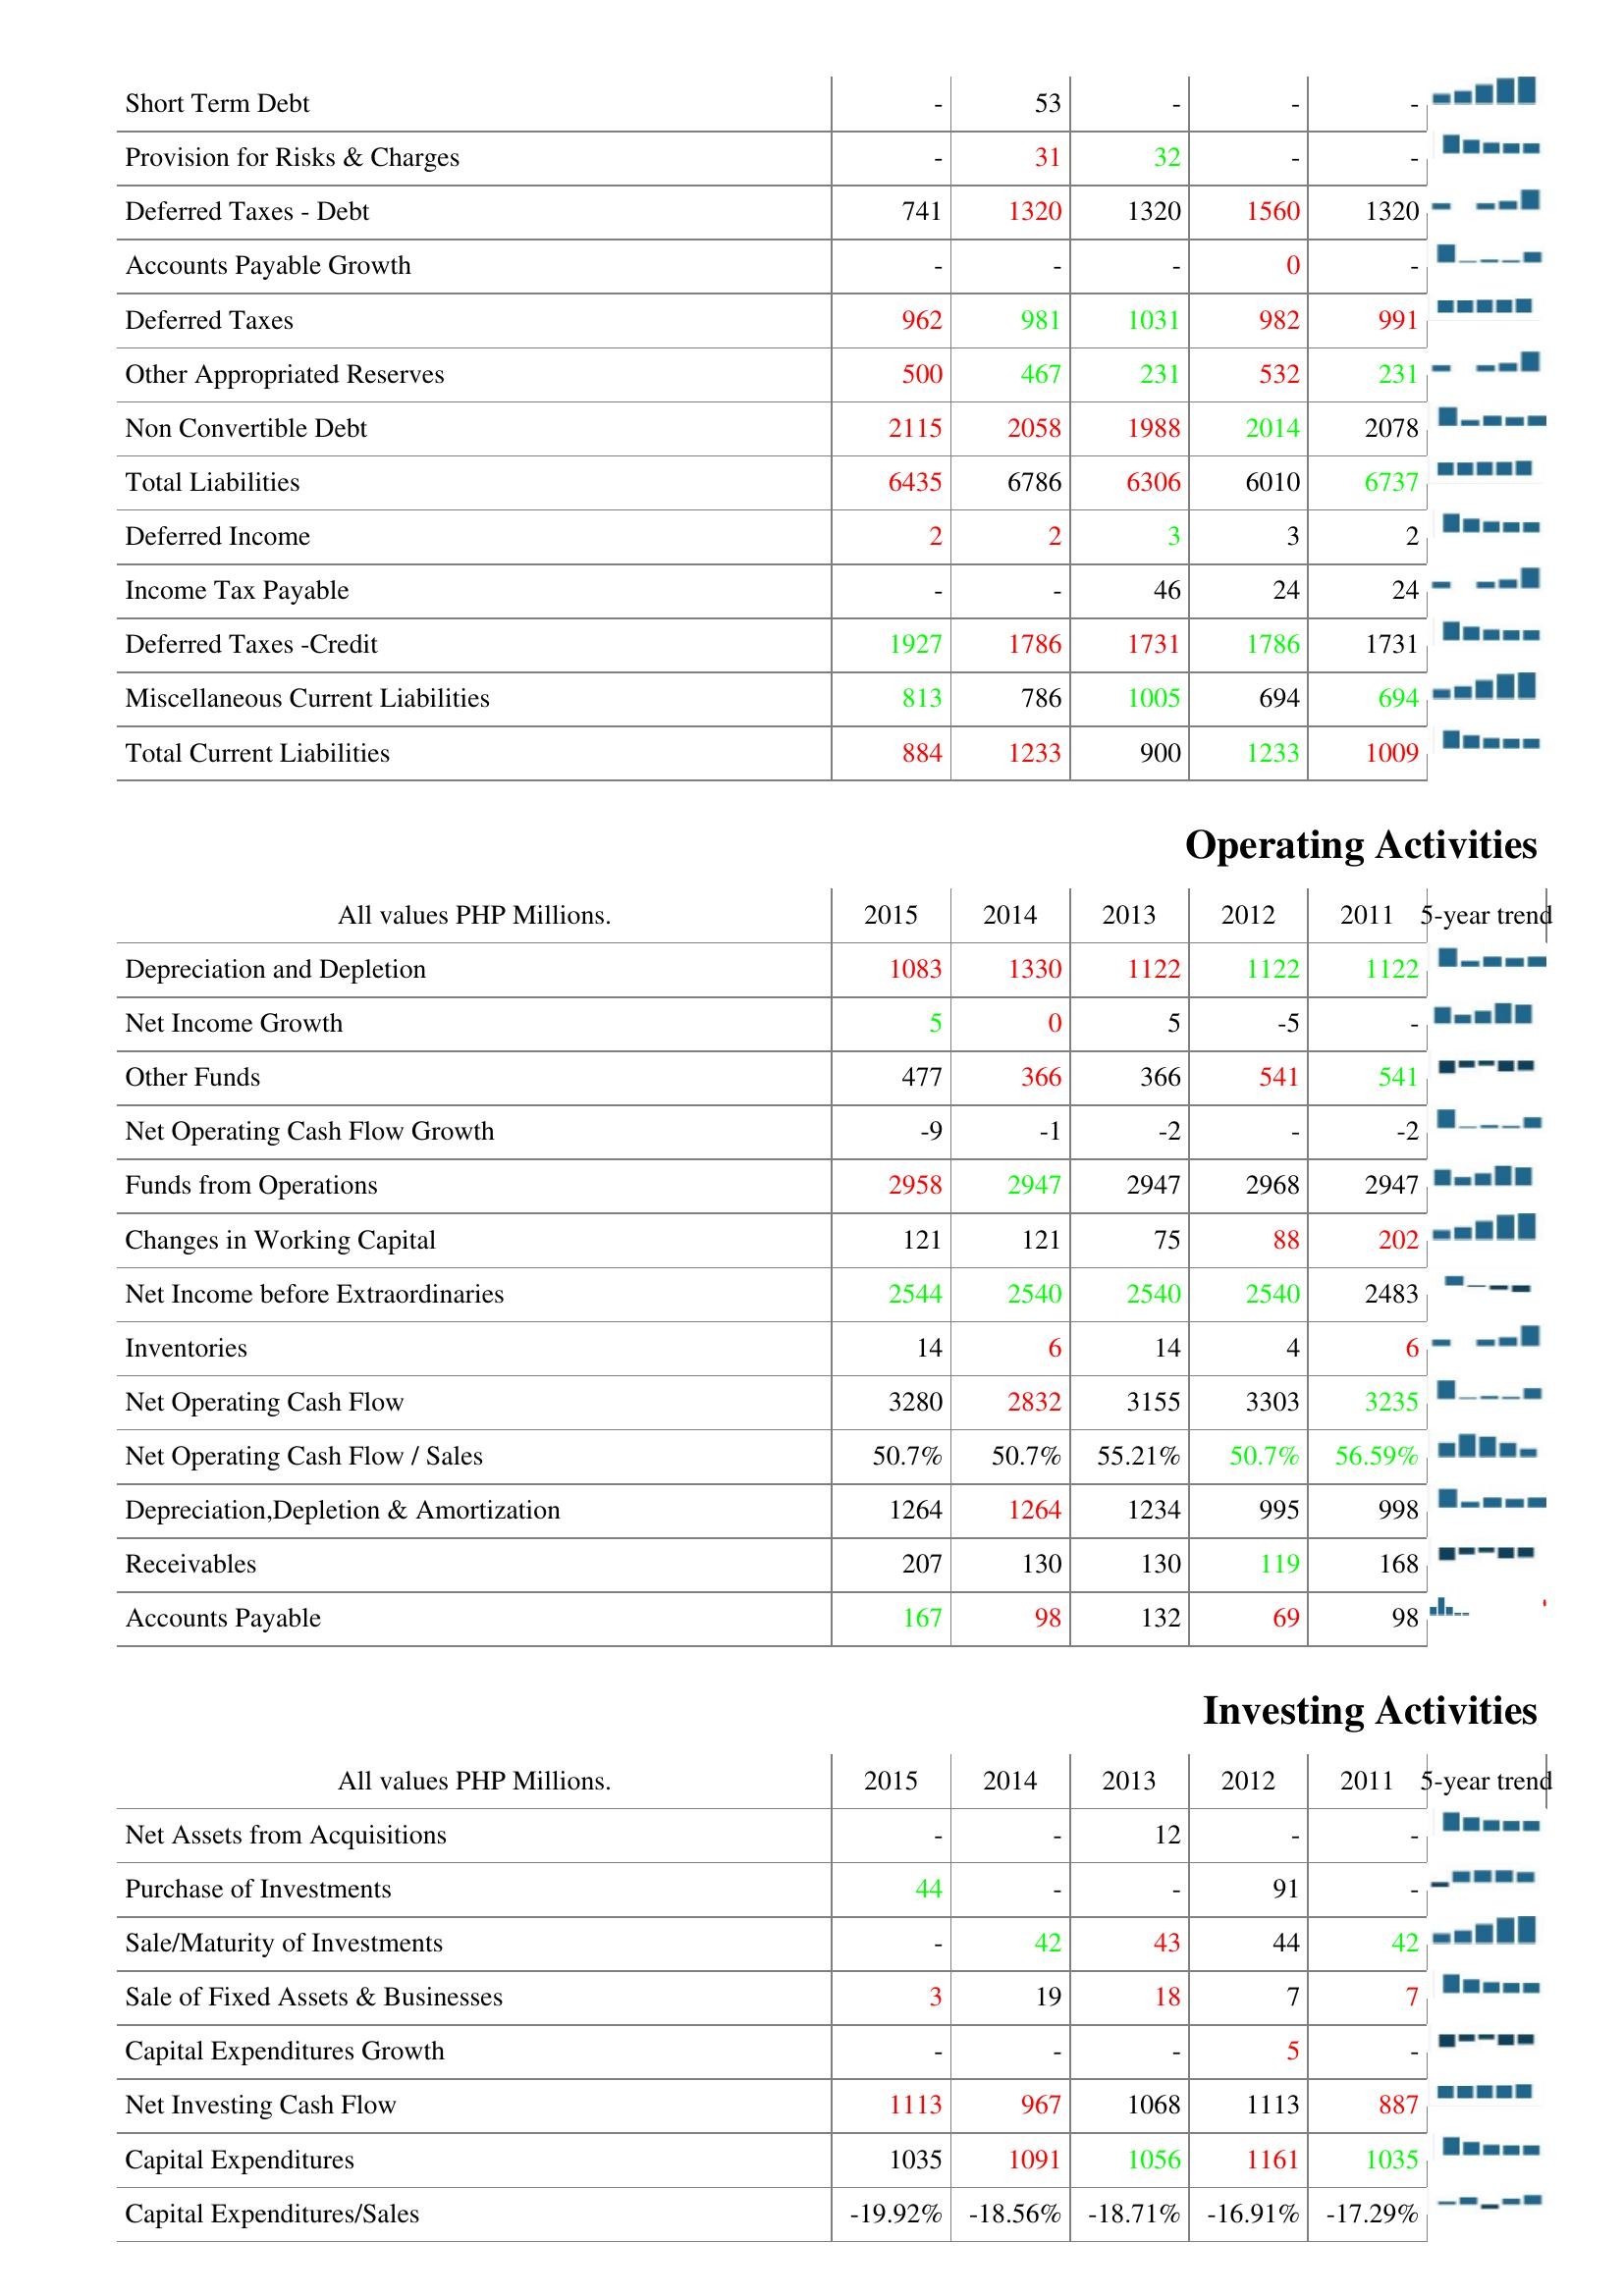
2015: Liabilities & Shareholder's Equity: Short Term Debt: -
Provision for Risks & Charges: -
Deferred Taxes - Debt: 741
Accounts Payable Growth: -
Deferred Taxes: 962
Other Appropriated Reserves: 500
Non Convertible Debt: 2115
Total Liabilities: 6435
Deferred Income: 2
Income Tax Payable: -
Deferred Taxes -Credit: 1927
Miscellaneous Current Liabilities: 813
Total Current Liabilities: 884
Operating Activities: Depreciation and Depletion: 1083
Net Income Growth: 5
Other Funds: 477
Net Operating Cash Flow Growth: -9
Funds from Operations: 2958
Changes in Working Capital: 121
Net Income before Extraordinaries: 2544
Inventories: 14
Net Operating Cash Flow: 3280
Net Operating Cash Flow / Sales: 50.7%
Depreciation,Depletion & Amortization: 1264
Receivables: 207
Accounts Payable: 167
Investing Activities: Net Assets from Acquisitions: -
Purchase of Investments: 44
Sale/Maturity of Investments: -
Sale of Fixed Assets & Businesses: 3
Capital Expenditures Growth: -
Net Investing Cash Flow: 1113
Capital Expenditures: 1035
Capital Expenditures/Sales: -19.92%
2014: Liabilities & Shareholder's Equity: Short Term Debt: 53
Provision for Risks & Charges: 31
Deferred Taxes - Debt: 1320
Accounts Payable Growth: -
Deferred Taxes: 981
Other Appropriated Reserves: 467
Non Convertible Debt: 2058
Total Liabilities: 6786
Deferred Income: 2
Income Tax Payable: -
Deferred Taxes -Credit: 1786
Miscellaneous Current Liabilities: 786
Total Current Liabilities: 1233
Operating Activities: Depreciation and Depletion: 1330
Net Income Growth: 0
Other Funds: 366
Net Operating Cash Flow Growth: -1
Funds from Operations: 2947
Changes in Working Capital: 121
Net Income before Extraordinaries: 2540
Inventories: 6
Net Operating Cash Flow: 2832
Net Operating Cash Flow / Sales: 50.7%
Depreciation,Depletion & Amortization: 1264
Receivables: 130
Accounts Payable: 98
Investing Activities: Net Assets from Acquisitions: -
Purchase of Investments: -
Sale/Maturity of Investments: 42
Sale of Fixed Assets & Businesses: 19
Capital Expenditures Growth: -
Net Investing Cash Flow: 967
Capital Expenditures: 1091
Capital Expenditures/Sales: -18.56%
2013: Liabilities & Shareholder's Equity: Short Term Debt: -
Provision for Risks & Charges: 32
Deferred Taxes - Debt: 1320
Accounts Payable Growth: -
Deferred Taxes: 1031
Other Appropriated Reserves: 231
Non Convertible Debt: 1988
Total Liabilities: 6306
Deferred Income: 3
Income Tax Payable: 46
Deferred Taxes -Credit: 1731
Miscellaneous Current Liabilities: 1005
Total Current Liabilities: 900
Operating Activities: Depreciation and Depletion: 1122
Net Income Growth: 5
Other Funds: 366
Net Operating Cash Flow Growth: -2
Funds from Operations: 2947
Changes in Working Capital: 75
Net Income before Extraordinaries: 2540
Inventories: 14
Net Operating Cash Flow: 3155
Net Operating Cash Flow / Sales: 55.21%
Depreciation,Depletion & Amortization: 1234
Receivables: 130
Accounts Payable: 132
Investing Activities: Net Assets from Acquisitions: 12
Purchase of Investments: -
Sale/Maturity of Investments: 43
Sale of Fixed Assets & Businesses: 18
Capital Expenditures Growth: -
Net Investing Cash Flow: 1068
Capital Expenditures: 1056
Capital Expenditures/Sales: -18.71%
2012: Liabilities & Shareholder's Equity: Short Term Debt: -
Provision for Risks & Charges: -
Deferred Taxes - Debt: 1560
Accounts Payable Growth: 0
Deferred Taxes: 982
Other Appropriated Reserves: 532
Non Convertible Debt: 2014
Total Liabilities: 6010
Deferred Income: 3
Income Tax Payable: 24
Deferred Taxes -Credit: 1786
Miscellaneous Current Liabilities: 694
Total Current Liabilities: 1233
Operating Activities: Depreciation and Depletion: 1122
Net Income Growth: -5
Other Funds: 541
Net Operating Cash Flow Growth: -
Funds from Operations: 2968
Changes in Working Capital: 88
Net Income before Extraordinaries: 2540
Inventories: 4
Net Operating Cash Flow: 3303
Net Operating Cash Flow / Sales: 50.7%
Depreciation,Depletion & Amortization: 995
Receivables: 119
Accounts Payable: 69
Investing Activities: Net Assets from Acquisitions: -
Purchase of Investments: 91
Sale/Maturity of Investments: 44
Sale of Fixed Assets & Businesses: 7
Capital Expenditures Growth: 5
Net Investing Cash Flow: 1113
Capital Expenditures: 1161
Capital Expenditures/Sales: -16.91%
2011: Liabilities & Shareholder's Equity: Short Term Debt: -
Provision for Risks & Charges: -
Deferred Taxes - Debt: 1320
Accounts Payable Growth: -
Deferred Taxes: 991
Other Appropriated Reserves: 231
Non Convertible Debt: 2078
Total Liabilities: 6737
Deferred Income: 2
Income Tax Payable: 24
Deferred Taxes -Credit: 1731
Miscellaneous Current Liabilities: 694
Total Current Liabilities: 1009
Operating Activities: Depreciation and Depletion: 1122
Net Income Growth: -
Other Funds: 541
Net Operating Cash Flow Growth: -2
Funds from Operations: 2947
Changes in Working Capital: 202
Net Income before Extraordinaries: 2483
Inventories: 6
Net Operating Cash Flow: 3235
Net Operating Cash Flow / Sales: 56.59%
Depreciation,Depletion & Amortization: 998
Receivables: 168
Accounts Payable: 98
Investing Activities: Net Assets from Acquisitions: -
Purchase of Investments: -
Sale/Maturity of Investments: 42
Sale of Fixed Assets & Businesses: 7
Capital Expenditures Growth: -
Net Investing Cash Flow: 887
Capital Expenditures: 1035
Capital Expenditures/Sales: -17.29%